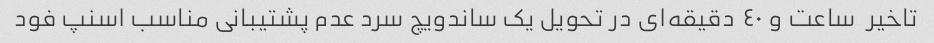
تاخیر  ساعت و ٤٠ دقیقه‌ای در تحویل یک ساندویچ سرد عدم پشتیبانی مناسب اسنپ فود